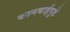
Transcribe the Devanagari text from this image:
कानबाईपुढे